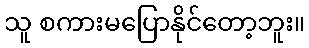
သူ စကားမပြောနိုင်တော့ဘူး။